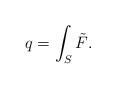
LaTeX: \begin{gather*}q=\int_S \tilde{F} .\end{gather*}